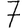
Digit: 7